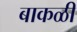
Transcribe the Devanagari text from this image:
बाकळी